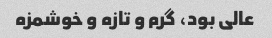
عالی بود، گرم و تازه و خوشمزه